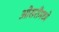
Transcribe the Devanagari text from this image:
ओसरीमध्ये